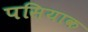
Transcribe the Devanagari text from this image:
पसियाक